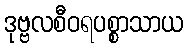
ဒုဗ္ဗလစီဝရပစ္စာသာယ